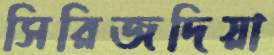
সিরিজদিয়া